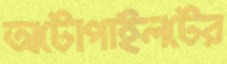
অটোপাইলটের